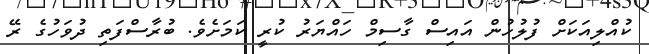
ކުއްލިއަކަށް ފުލުހުން އައިސް ގާސިމް ހައްޔަރު ކުރީ ކަމަށެވެ. ބުރާސްފަތި ދުވަހުގެ ރޭ